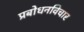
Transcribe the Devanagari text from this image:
प्रबोधनविचार